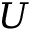
U